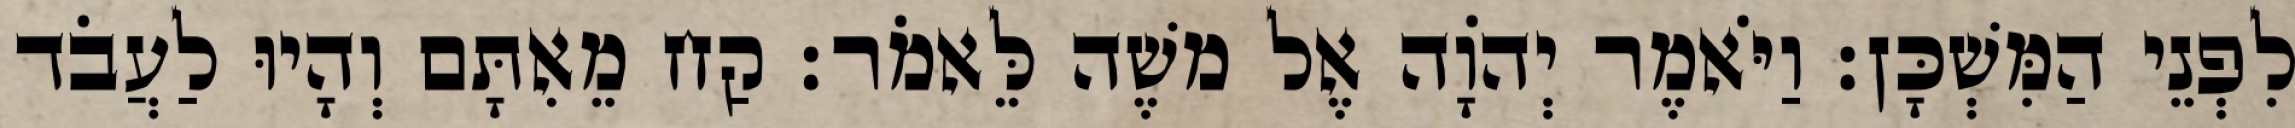
לִפְנֵי הַמִּשְׁכָּן׃ וַיֹּאמֶר יְהוָֹה אֶל משֶׁה לֵּאמֹר׃ קַח מֵאִתָּם וְהָיוּ לַעֲבֹד